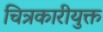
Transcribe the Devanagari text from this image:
चित्रकारीयुक्त